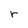
Character: r